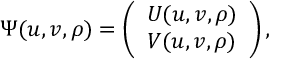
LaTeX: \Psi ( u , v , \rho ) = \left( \begin{array} { c } { { { \cal { U } } ( u , v , \rho ) } } \\ { { { \cal { V } } ( u , v , \rho ) } } \end{array} \right) ,